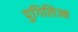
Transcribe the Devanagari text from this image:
पुगिलिज्म